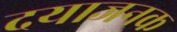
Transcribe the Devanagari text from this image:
दयाजनक